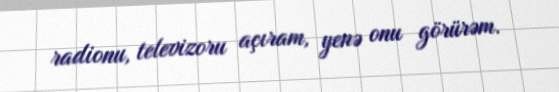
radionu, televizoru açıram, yenə onu görürəm.